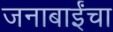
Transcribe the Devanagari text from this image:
जनाबाईंचा